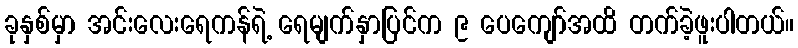
ခုနှစ်မှာ အင်းလေးရေကန်ရဲ့ ရေမျက်နှာပြင်က ၉ ပေကျော်အထိ တက်ခဲ့ဖူးပါတယ်။